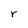
Character: r